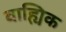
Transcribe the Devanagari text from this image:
बाह्यिक